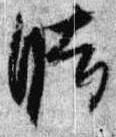
時